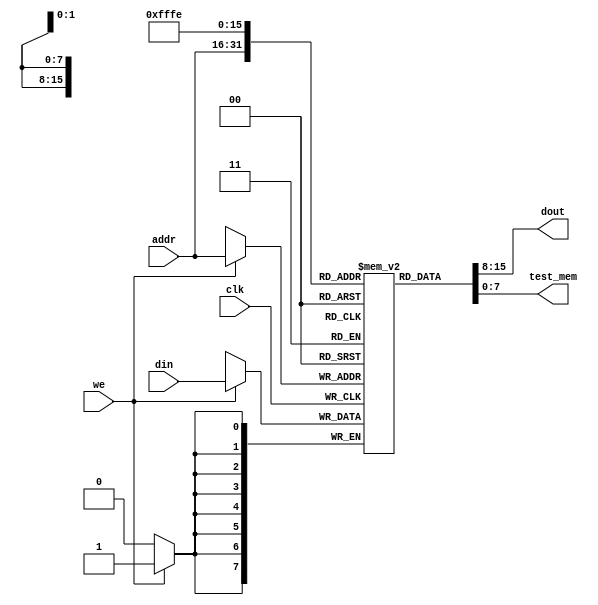
module ram (addr, clk, din, dout, we, test_mem);

	input [7 : 0] din;
	input [15: 0] addr;
	input clk, we;
	output [7 : 0] dout;
	output[7:0] test_mem;
	
	reg [7:0] memory[65535:0];
	
	initial
	begin
	
//		//DATA MOVEMENT CODE IN COURSE WEBSITE
//		memory[16'h0000] <= 8'hbd;
//		memory[16'h0001] <= 8'h02;
//		memory[16'h0002] <= 8'hbe;
//		memory[16'h0003] <= 8'h00;
//		memory[16'h0004] <= 8'h07;
//		memory[16'h0005] <= 8'hbd;
//		memory[16'h0006] <= 8'h02;
//		memory[16'h0007] <= 8'hbe;
//		memory[16'h0008] <= 8'h01;
//		memory[16'h0009] <= 8'h47;
//		memory[16'h000a] <= 8'hbd;
//		memory[16'h000b] <= 8'h02;
//		memory[16'h000c] <= 8'hbe;
//		memory[16'h000d] <= 8'h02;
//		memory[16'h000e] <= 8'h4f;
//		memory[16'h000f] <= 8'hbd;
//		memory[16'h0010] <= 8'h02;
//		memory[16'h0011] <= 8'hbe;
//		memory[16'h0012] <= 8'h03;
//		memory[16'h0013] <= 8'h67;
//		memory[16'h0014] <= 8'h08;
//		memory[16'h0015] <= 8'hbd;
//		memory[16'h0016] <= 8'h02;
//		memory[16'h0017] <= 8'hbe;
//		memory[16'h0018] <= 8'h04;
//		memory[16'h0019] <= 8'h39;
//		memory[16'h001a] <= 8'hff;
//		memory[16'h0200] <= 8'h02;
//		memory[16'h0201] <= 8'h04;
//		memory[16'h0202] <= 8'h01;
//		memory[16'h0203] <= 8'hf4;
//		memory[16'h0204] <= 8'h00;
//


//    //JUMP CONDITIONAL
//		memory[16'h0000] <= 8'h01;
//		memory[16'h0001] <= 8'h4a;
//		memory[16'h0002] <= 8'he0;
//		memory[16'h0003] <= 8'h02;
//		memory[16'h0004] <= 8'h00;
//		memory[16'h0005] <= 8'hff;
//		memory[16'h0200] <= 8'hb9;
//		memory[16'h0201] <= 8'h28;
//		memory[16'h0202] <= 8'hff;

//		//FACTORIAL CODE FOR N=5
//		memory[16'h0000] <= 8'hb9;
//		memory[16'h0001] <= 8'h01;
//		memory[16'h0002] <= 8'hba;
//		memory[16'h0003] <= 8'h01;
//		memory[16'h0004] <= 8'hbb;
//		memory[16'h0005] <= 8'h06;
//		memory[16'h0006] <= 8'h01;
//		memory[16'h0007] <= 8'h52;
//		memory[16'h0008] <= 8'h08;
//		memory[16'h0009] <= 8'h82;
//		memory[16'h000a] <= 8'h01;
//		memory[16'h000b] <= 8'h02;
//		memory[16'h000c] <= 8'h4b;
//		memory[16'h000d] <= 8'he8;
//		memory[16'h000e] <= 8'h00;
//		memory[16'h000f] <= 8'h06;
//		memory[16'h0010] <= 8'hff;
	
//		//CALL AND RETURN		
//		memory[16'h0000] <= 8'hf9;
//		memory[16'h0001] <= 8'h02;
//		memory[16'h0002] <= 8'h00;
//		memory[16'h0003] <= 8'hff;
//		memory[16'h0200] <= 8'hb9;
//		memory[16'h0201] <= 8'h49;
//		memory[16'h0202] <= 8'h49;
//		memory[16'h0203] <= 8'hfb;


//		//FACTORIAL CODE FOR N=5

//    //Main
		memory[16'h0000] <= 8'hbb; //MOVI D
		memory[16'h0001] <= 8'h05;// CONSTANT 5
		memory[16'h0002] <= 8'hf9; // CALL 
		memory[16'h0003] <= 8'hfc; // NOP
		memory[16'h0004] <= 8'h02; // MSB OF ADDRESS
		memory[16'h0005] <= 8'h00; // LSB OF ADDRESS
		memory[16'h0006] <= 8'hff; // HALT

//    //Function		
		memory[16'h0200] <= 8'hb9;	// MOVI B 	
		memory[16'h0201] <= 8'h01;	// CONSTANT 1
		memory[16'h0202] <= 8'hba;	// MOVI C
		memory[16'h0203] <= 8'h01;	// CONSTANT 1
		memory[16'h0204] <= 8'h01;	// MOV A B
		memory[16'h0205] <= 8'h52;	// MULT C
		memory[16'h0206] <= 8'h08;	// MOV B A
		memory[16'h0207] <= 8'h82;	// ADDI C
		memory[16'h0208] <= 8'h01;	// CONSTANT 1
		memory[16'h0209] <= 8'h02;	// MOV A C
		memory[16'h020a] <= 8'h4b; // SUB D
		memory[16'h020b] <= 8'he8;	//	JUMP IF C < D
		memory[16'h020c] <= 8'h02; // MSB OF ADDRESS
		memory[16'h020d] <= 8'h04;	// LSB OF ADDRESS
		memory[16'h020e] <= 8'hfb;	// RETURN	 	

	
	end
	always @(posedge clk)
	begin
		if (we)
			memory[addr] <= din;
	end
	
	assign dout = memory[addr];
	assign test_mem = memory[16'hfffe];
endmodule